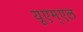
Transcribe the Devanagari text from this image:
यूएम्एल